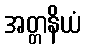
အတ္တနိယံ